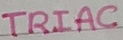
Text: TRIAC